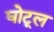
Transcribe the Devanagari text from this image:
घोटूल